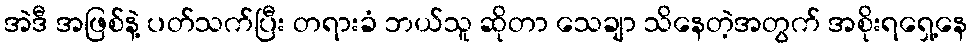
အဲဒီ အဖြစ်နဲ့ ပတ်သက်ပြီး တရားခံ ဘယ်သူ ဆိုတာ သေချာ သိနေတဲ့အတွက် အစိုးရရှေ့နေ